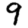
Digit: 9